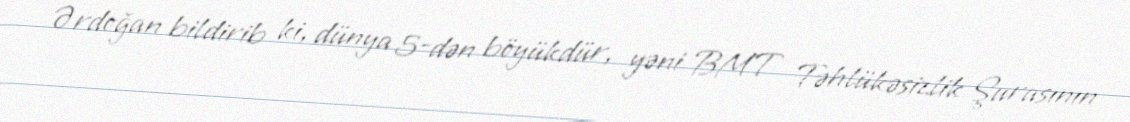
Ərdoğan bildirib ki, dünya 5-dən böyükdür, yəni BMT Təhlükəsizlik Şurasının